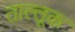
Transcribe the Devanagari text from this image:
ताल्लूक